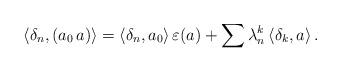
LaTeX: \begin{align*}\langle \delta_n , (a_0 \, a) \rangle = \langle \delta_n , a_0 \rangle \, \varepsilon (a) + \sum \lambda_n^k \, \langle \delta_k , a \rangle \, .\end{align*}